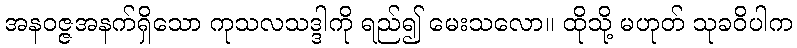
အနဝဇ္ဇအနက်ရှိသော ကုသလသဒ္ဒါကို ရည်၍ မေးသလော။ ထိုသို့ မဟုတ် သုခဝိပါက